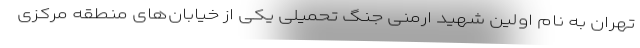
تهران به نام اولین شهید ارمنی جنگ تحمیلی یکی از خیابان‌های منطقه مرکزی